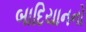
બાદિયાનનો